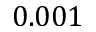
0 . 0 0 1